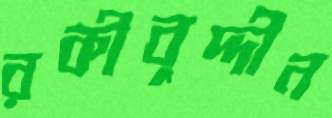
রকীবুদ্দীন